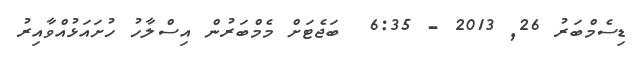
ޑިސެމްބަރު 26